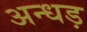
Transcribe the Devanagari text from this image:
अन्धड़